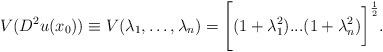
LaTeX: \begin{align*} V(D^2 u(x_0)) \equiv V(\lambda_1,\dots,\lambda_n)=\Bigg[(1+\lambda_1^2)...(1+\lambda_n^2)\bigg]^{\frac{1}{2}}. \end{align*}